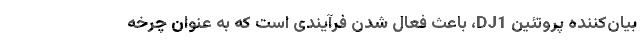
بیان‌کننده پروتئین DJ1، باعث فعال شدن فرآیندی است که به عنوان چرخه